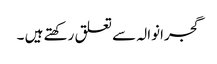
گجرانوالہ سے تعلق رکھتے ہیں ۔